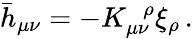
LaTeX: \bar{h}_{\mu\nu}=-K_{\mu\nu}^{\ \ \, \rho}\xi_{\rho}\, .